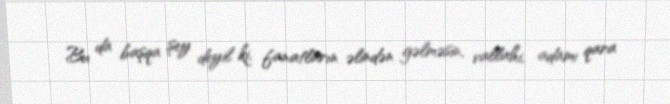
Bu da başqa şey deyil ki, fanatların əlindən gəlməsin, vallahi, adamı qara